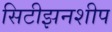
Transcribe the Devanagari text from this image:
सिटीझनशीप